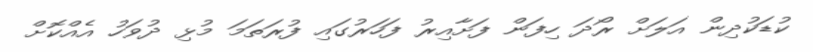
ކުޑަކުދިން އަލަށް ރޯދަ ހިފަން ފަށާއިރު ފަހަރުގައި ފުރަތަމަ މުޅި ދުވަހު އެއްކޮށް